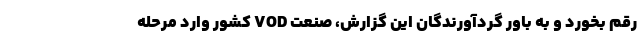
رقم بخورد و به باور گردآورندگان این گزارش، صنعت VOD کشور وارد مرحله